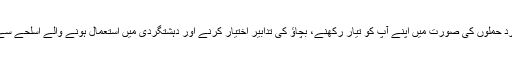
تربیت کے دوران، شہر کراچی میں دہشتگرد حملوں کی صورت میں اپنے آپ کو تیار رکھنے، بچاؤ کی تدابیر اختیار کرنے اور دہشتگردی میں استعمال ہونے والے اسلحے سے متعلق بنیادی اصول و حقائق بتائے گئے۔